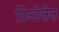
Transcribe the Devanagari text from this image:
प्रिन्सेज़ेज़